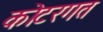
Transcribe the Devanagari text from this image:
कोटरगत